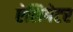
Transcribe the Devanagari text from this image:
ऐलिगेटर